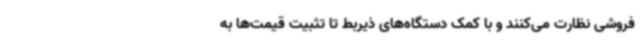
فروشی نظارت می‌کنند و با کمک دستگاه‌های ذیربط تا تثبیت قیمت‌ها به